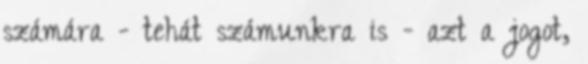
számára - tehát számunkra is - azt a jogot,